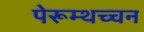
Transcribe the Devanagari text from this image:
पेरूम्थच्चन